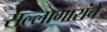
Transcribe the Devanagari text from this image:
सल्लागारांचे